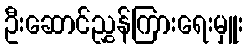
ဦးဆောင်ညွှန်ကြားရေးမှူး